Indian journal of veterinary science and animal husbandry - Volume 13,
Year: 1943
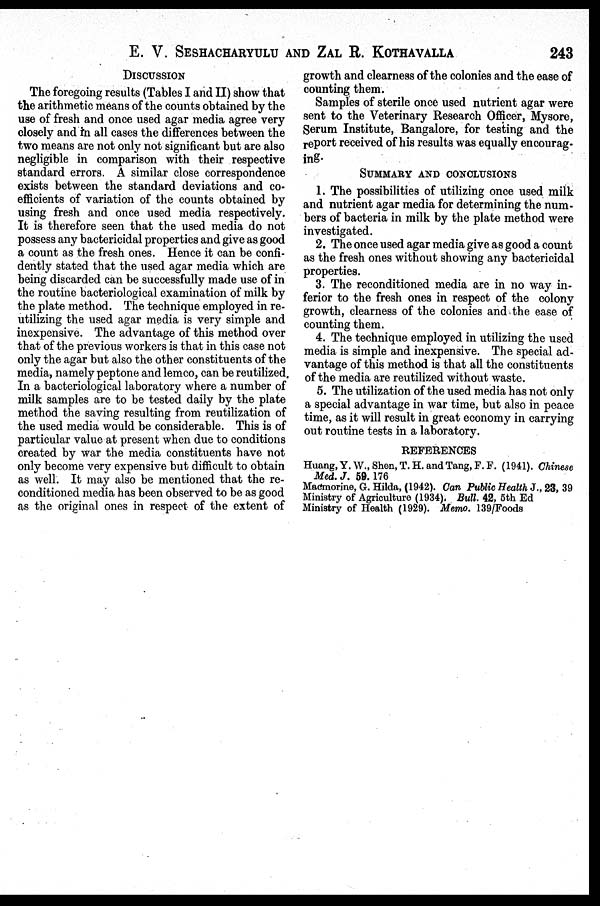
E. V. SESHACHARYULU AND ZAL R.
KOTHAVALLA
243
DISCUSSION
The foregoing results (Tables I and II) show that
the arithmetic means of the counts obtained by the
use of fresh and once used agar media agree very
closely and in all cases the differences between the
two means are not only not significant but are also
negligible in comparison with their respective
standard errors. A similar close correspondence
exists between the standard deviations and co-
efficients of variation of the counts obtained by
using fresh and once used media respectively.
It is therefore seen that the used media do not
possess any bactericidal properties and give as good
a count as the fresh ones. Hence it can be confi-
dently stated that the used agar media which are
being discarded can be successfully made use of in
the routine bacteriological examination of milk by
the plate method. The technique employed in re-
utilizing the used agar media is very simple and
inexpensive. The advantage of this method over
that of the previous workers is that in this case not
only the agar but also the other constituents of the
media, namely peptone and lemco, can be reutilized.
In a bacteriological laboratory where a number of
milk samples are to be tested daily by the plate
method the saving resulting from reutilization of
the used media would be considerable. This is of
particular value at present when due to conditions
created by war the media constituents have not
only become very expensive but difficult to obtain
as well. It may also be mentioned that the re-
conditioned media has been observed to be as good
as the original ones in respect of the extent of
growth and clearness of the colonies and the ease of
counting them.
Samples of sterile once used nutrient agar were
sent to the Veterinary Research Officer, Mysore,
Serum Institute, Bangalore, for testing and the
report received of his results was equally encourag-
ing.
SUMMARY AND CONCLUSIONS
1. The possibilities of utilizing once used milk
and nutrient agar media for determining the num-
bers of bacteria in milk by the plate method were
investigated.
2. The once used agar media give as good a count
as the fresh ones without showing any bactericidal
properties.
3. The reconditioned media are in no way in-
ferior to the fresh ones in respect of the colony
growth, clearness of the colonies and the ease of
counting them.
4. The technique employed in utilizing the used
media is simple and inexpensive. The special ad-
vantage of this method is that all the constituents
of the media are reutilized without waste.
5. The utilization of the used media has not only
a special advantage in war time, but also in peace
time, as it will result in great economy in carrying
out routine tests in a laboratory.
REFERENCES
Huang, Y. W., Shen, T. H. and Tang, F. F. (1941). Chinese
Med. J. 59. 176
Macmorine, G. Hilda, (1942). Can Public Health J., 23, 39
Ministry of Agriculture (1934). Bull. 42, 5th Ed
Ministry of Health (1929). Memo. 139/Foods